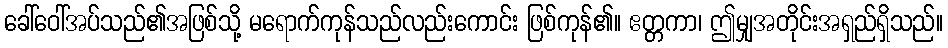
ခေါ်ဝေါ်အပ်သည်၏အဖြစ်သို့ မရောက်ကုန်သည်လည်းကောင်း ဖြစ်ကုန်၏။ ဧတ္တကာ၊ ဤမျှအတိုင်းအရှည်ရှိသည်။